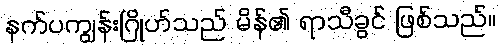
နက်ပကျွန်းဂြိုဟ်သည် မိန်၏ ရာသီခွင် ဖြစ်သည်။